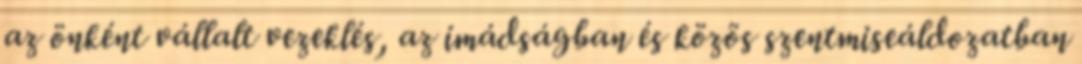
az önként vállalt vezeklés, az imádságban és közös szentmiseáldozatban